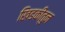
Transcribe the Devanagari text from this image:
खिडकीतुन